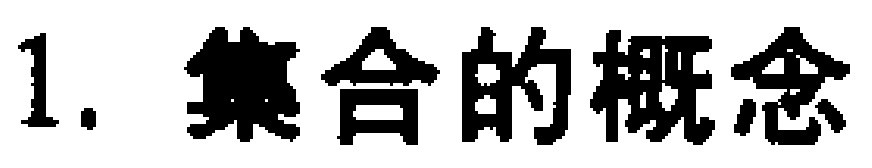
1. 集合的概念